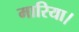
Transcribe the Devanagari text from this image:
मारिया।